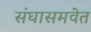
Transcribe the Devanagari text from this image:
संघासमवेत